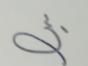
Signature authenticity: forged